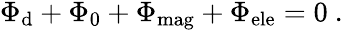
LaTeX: \begin{array}{r}{\Phi_{\textrm{d}}+\Phi_{0}+\Phi_{\textrm{mag}}+\Phi_{\textrm{ele}}=0\ .}\end{array}